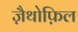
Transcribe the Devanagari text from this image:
ज़ैथोफ़िल